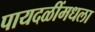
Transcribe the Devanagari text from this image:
पायदळींमधला